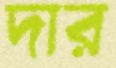
দার